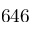
6 4 6